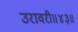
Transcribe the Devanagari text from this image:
उरावरी॥४३॥